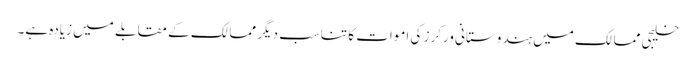
خلیجی ممالک میں ہندوستانی ورکرز کی اموات کا تناسب دیگر ممالک کے مقابلے میں زیادہ ہے۔